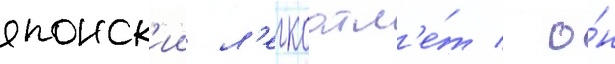
японск'ии л'егкоатл'е́т / о́н